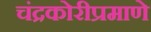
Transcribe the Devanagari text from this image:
चंद्रकोरीप्रमाणे